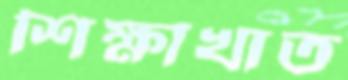
শিক্ষাখাত